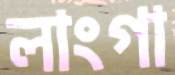
লাংগা